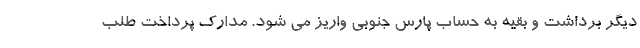
دیگر برداشت و بقیه به حساب پارس جنوبی واریز می شود. مدارک پرداخت طلب